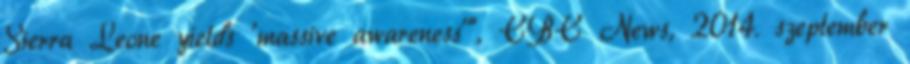
Sierra Leone yields 'massive awareness'”, CBC News, 2014. szeptember